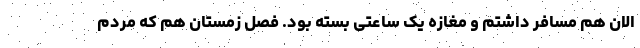
الان هم مسافر داشتم و مغازه یک ساعتی بسته بود. فصل زمستان هم که مردم